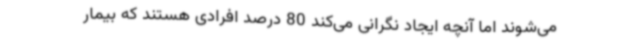
می‌شوند اما آنچه ایجاد نگرانی می‌کند 80 درصد افرادی هستند که بیمار